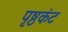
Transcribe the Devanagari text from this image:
पृष्ठकंट